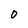
Character: O